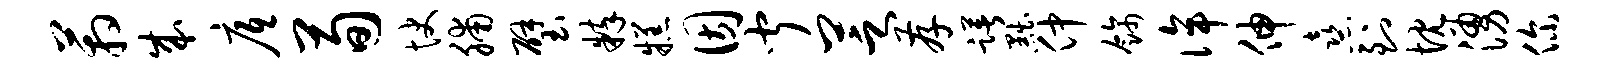
箱成底荀快脯璧粹糕因闻芝存躇黜仲饰侔伸熹到忱涌你